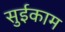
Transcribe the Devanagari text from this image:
सुईकाम